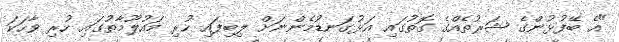
"އެ ބޭފުޅުންގެ ޝަރުތެއްގެ ގޮތުގައި އަޅުގަނޑުމެންނަށް ލިބިފައި ހުރި މައުލޫމާތުގައި ހުރި ވާހަކަ